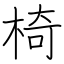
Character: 椅